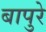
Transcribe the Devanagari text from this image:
बापुरे